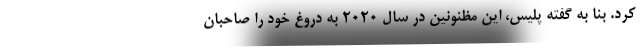
کرد. بنا به گفته پلیس، این مظنونین در سال ۲۰۲۰ به دروغ خود را صاحبان